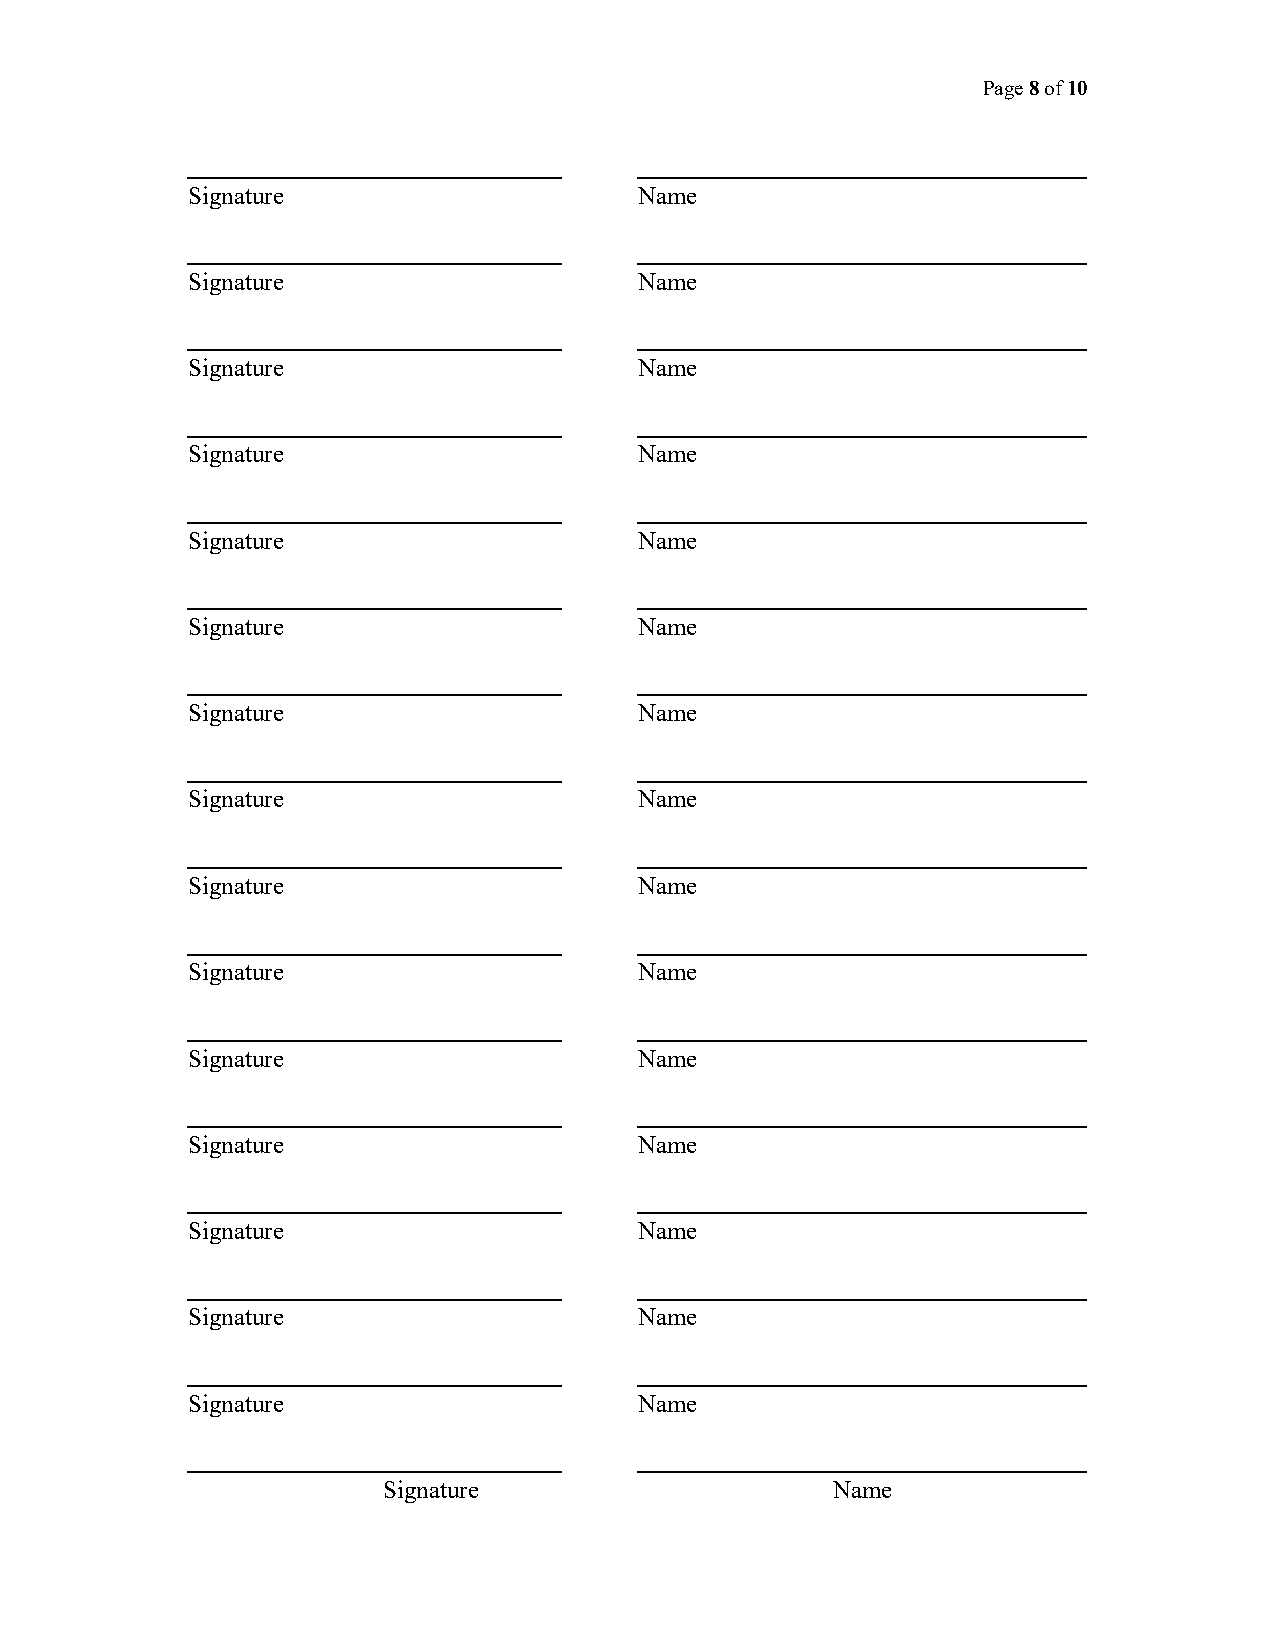
Page 8 of 10
 Signature                     Name
 Signature                     Name
 Signature                     Name
 Signature                     Name
 Signature                     Name
 Signature                     Name
 Signature                     Name
 Signature                     Name
 Signature                     Name
 Signature                     Name
 Signature                     Name
 Signature                     Name
 Signature                     Name
 Signature                     Name
 Signature                     Name
 Signature                     Name